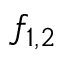
f _ { 1 , 2 }